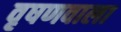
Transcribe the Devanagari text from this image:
वृषणवाला